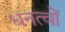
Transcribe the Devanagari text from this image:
धनत्वों